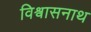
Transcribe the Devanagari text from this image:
विश्वासनाथ